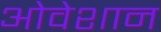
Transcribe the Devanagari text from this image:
ओवेशान